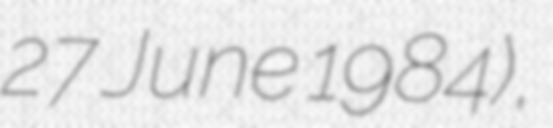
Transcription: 27 June 1984),